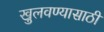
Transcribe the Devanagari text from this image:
खुलवण्यासाठी